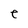
Character: e